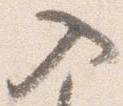
入